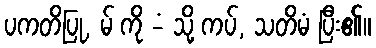
ပကတိပြု, မ် ကို -ံ သို့ ကပ်, သတိမံ ပြီး၏။